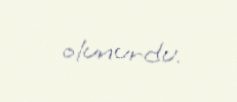
olunurdu.